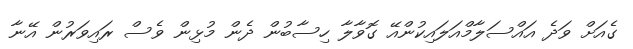
ގެއަށް ވަދެ އައްސަލާމްއަލައިކުންއޭ ގޮވާލާ ހިސާބުން ދެން މުޅިން ވެސް ރައިވަރުން އޭނާ